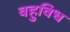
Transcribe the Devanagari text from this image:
वहुविध